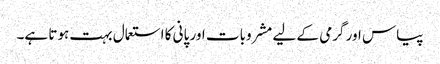
پیاس اور گرمی کے لیے مشروبات اور پانی کا استعمال بہت ہوتا ہے۔